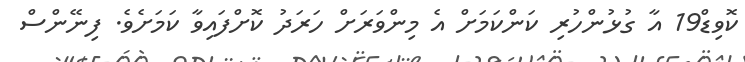
ކޮވިޑް19 އާ ގުޅުންހުރި ކަންކަމަށް އެ މިންވަރަށް ހަރަދު ކޮށްފައިވާ ކަމަށެވެ. ފިނޭންސް